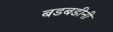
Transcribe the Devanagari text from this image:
बडबडीनी